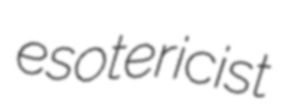
esotericist